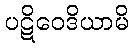
ပဋိဝေဒိယာမိ